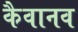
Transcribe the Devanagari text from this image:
कैवानव